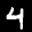
Label: 4